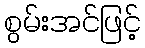
စွမ်းအင်ဖြင့်